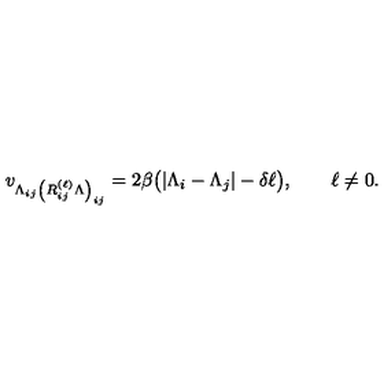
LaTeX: v _ { \Lambda _ { i j } \left( R _ { i j } ^ { ( \ell ) } \Lambda \right) _ { i j } } = 2 \beta \big ( | \Lambda _ { i } - \Lambda _ { j } | - \delta \ell \big ) , \qquad \ell \not = 0 .